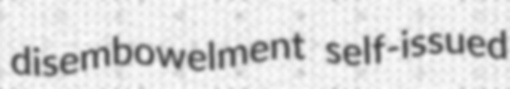
disembowelment self-issued